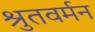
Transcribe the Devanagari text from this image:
श्रुतवर्मन